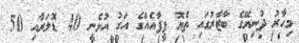
މިހާރު ދުނިޔޭގެ ބާޒާރުގައި ތެޔޮ ފީފާއެއްގެ އަގު އުޅެނީ 40 ޑޮލަރާއި 50